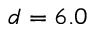
d = 6 . 0